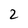
Character: 2